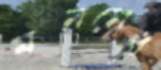
মননের